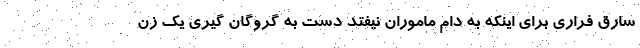
سارق فراری برای اینکه به دام ماموران نیفتد دست به گروگان گیری یک زن